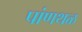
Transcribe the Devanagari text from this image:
पांणथळ